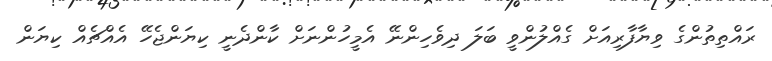
ރައްތިތުންގެ ވިޔާފާރިއަށް ގެއްލުންވީ ބަލަ ދިވެހިންނޭ އެމީހުންނަށް ކާންދެނީ ކިޔަންޖެހޭ އެއްޗެއް ކިޔަން